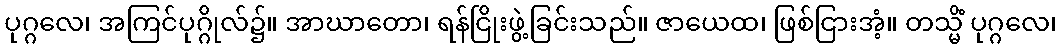
ပုဂ္ဂလေ၊ အကြင်ပုဂ္ဂိုလ်၌။ အာဃာတော၊ ရန်ငြိုးဖွဲ့ခြင်းသည်။ ဇာယေထ၊ ဖြစ်ငြားအံ့။ တသ္မိံ ပုဂ္ဂလေ၊